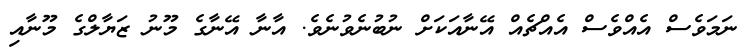
ނަމަވެސް އެއްވެސް އެއްޗެއް އޭނާއަކަށް ނުބުނެވުނެވެ. އާނާ އޭނާގެ މޫނު ޒަޔާލްގެ މޫނާއި